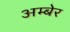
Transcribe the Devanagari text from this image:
अम्बेर